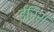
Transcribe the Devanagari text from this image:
ईरिश्